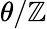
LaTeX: \theta/\mathbb{Z}